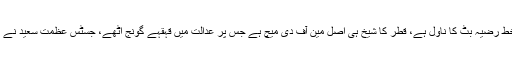
پانامہ کیس میں شیخ رشید نے اپنے دلائل میں کہا قطری شیخ کا خط رضیہ بٹ کا ناول ہے، قطر کا شیخ ہی اصل مین آف دی میچ ہے جس پر عدالت میں قہقہے گونج اٹھے، جسٹس عظمت سعید نے برہمی کا اظہار کرتے ہوئے حاضرین کوسنجیدہ رہنے کیلئے کہا۔